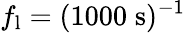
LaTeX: f_{\mathrm{l}}=(1000\; \mathrm{s})^{-1}